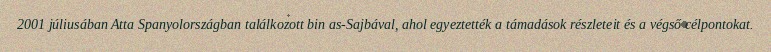
2001 júliusában Atta Spanyolországban találkozott bin as-Sajbával, ahol egyeztették a támadások részleteit és a végső célpontokat.